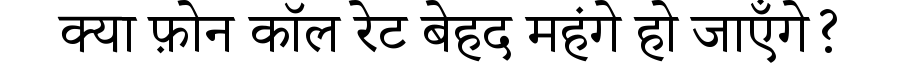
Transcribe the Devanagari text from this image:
क्या फ़ोन कॉल रेट बेहद महंगे हो जाएँगे?